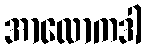
အာလောကဒါ